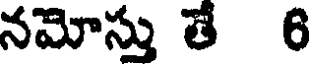
నమోస్తు తే 6